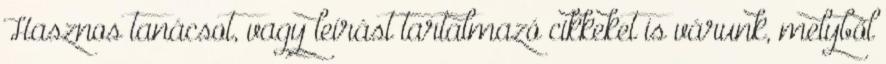
Hasznos tanácsot, vagy leírást tartalmazó cikkeket is várunk, melyből